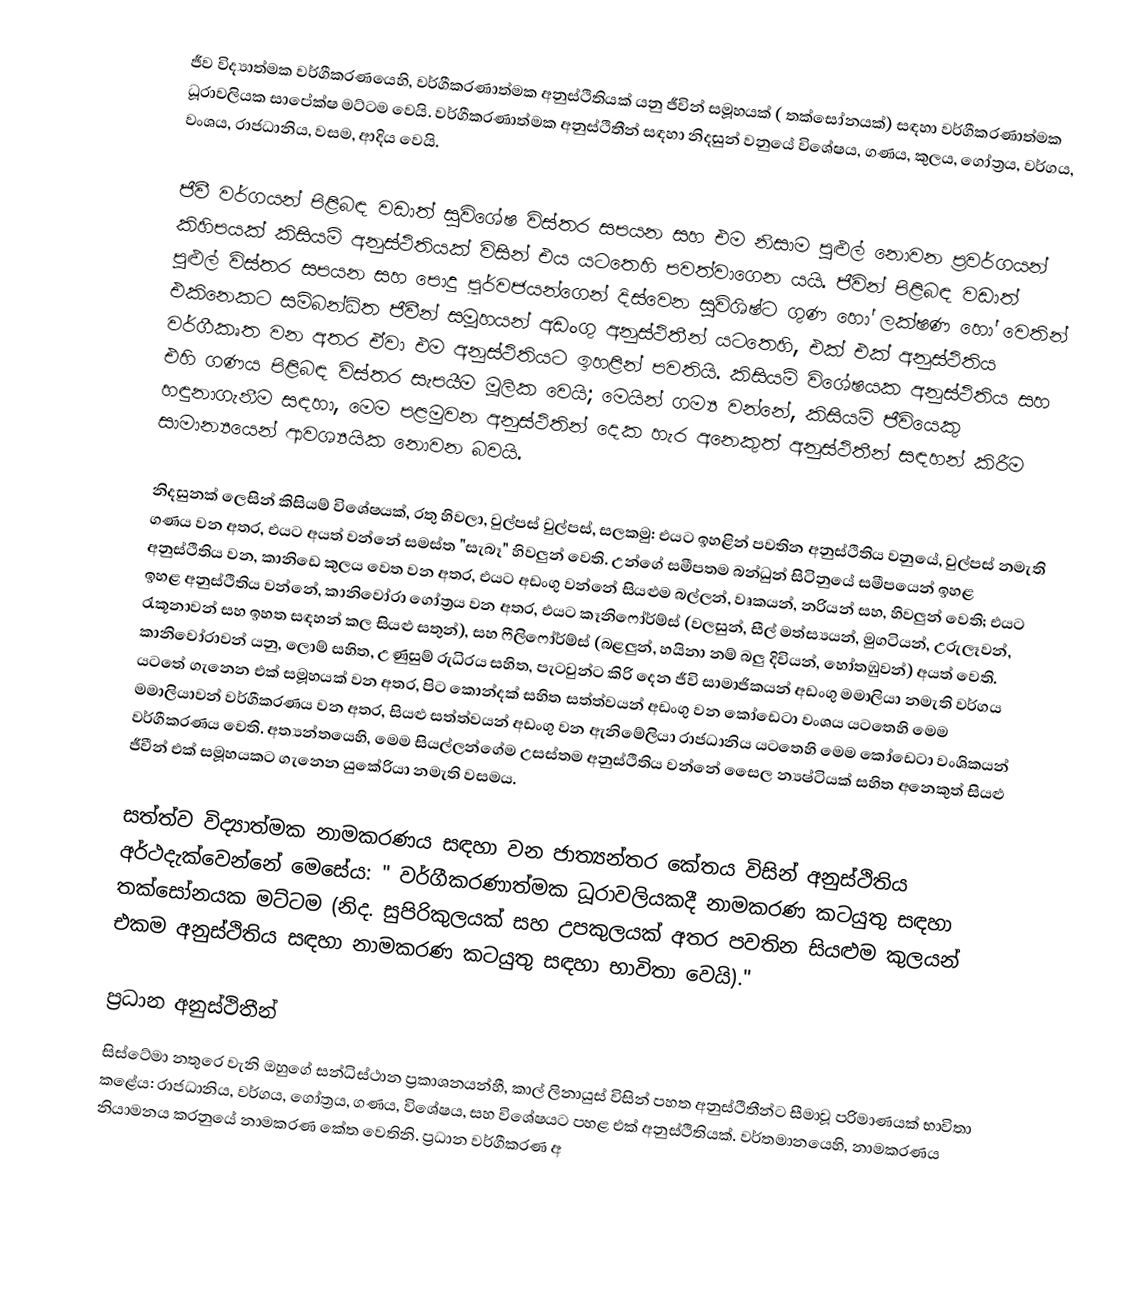
ජීව විද්‍යාත්මක වර්ගීකරණයෙහි, වර්ගීකරණාත්මක අනුස්ථිතියක් යනු ජීවින් සමූහයක් ( තක්සෝනයක්) සඳහා   වර්ගීකරණාත්මක ධූරාවලියක සාපේක්ෂ මට්ටම වෙයි. වර්ගීකරණාත්මක අනුස්ථිතීන් සඳහා නිදසුන් වනුයේ විශේෂය, ගණය, කුලය, ගෝත්‍රය, වර්ගය, වංශය, රාජධානිය, වසම, ආදිය වෙයි.

ජීවී වර්ගයන් පිළිබඳ වඩාත් සුවිශේෂ විස්තර සපයන සහ එම නිසාම  පුළුල් නොවන ප්‍රවර්ගයන් කිහිපයක් කිසියම් අනුස්ථිතියක් විසින් එය යටතෙහි පවත්වාගෙන යයි. ජීවින් පිළිබඳ වඩාත් පුළුල් විස්තර සපයන සහ පොදු පූර්වජයන්ගෙන් දිස්වෙන සුවිශිෂ්ට ගුණ හෝ ලක්ෂණ හෝ වෙතින් එකිනෙකට සම්බන්ධිත ජීවීන් සමූහයන් අඩංගු අනුස්ථිතීන් යටතෙහි, එක් එක් අනුස්ථිතිය වර්ගීකෘත වන අතර ඒවා එම අනුස්ථිතියට ඉහළින් පවතියි. කිසියම් විශේෂයක අනුස්ථිතිය සහ එහි  ගණය පිළිබඳ විස්තර සැපයීම මූලික වෙයි; මෙයින් ගම්‍ය වන්නේ, කිසියම් ජීවියෙකු හඳුනාගැනීම සඳහා, මෙම පළමුවන අනුස්ථිතින් දෙක හැර අනෙකුත් අනුස්ථිතීන් සඳහන් කිරීම සාමාන්‍යයෙන් ආවශ්‍යයික නොවන බවයි.

නිදසුනක් ලෙසින් කිසියම් විශේෂයක්, රතු හිවලා, වුල්පස් වුල්පස්, සලකමු: එයට ඉහළින් පවතින අනුස්ථිතිය වනුයේ, වුල්පස් නමැති ගණය වන අතර, එයට අයත් වන්නේ සමස්ත  "සැබෑ" හිවලුන් වෙති. උන්ගේ සමීපතම බන්ධුන් සිටිනුයේ සමීපයෙන් ඉහළ අනුස්ථිතිය වන, කානිඩෙ කුලය වෙත වන අතර, එයට අඩංගු වන්නේ සියළුම බල්ලන්, වෘකයන්, නරියන් සහ, හිවලුන් වෙති; එයට ඉහළ අනුස්ථිතිය වන්නේ, කානිවෝරා ගෝත්‍රය වන අතර, එයට කෑනිෆෝර්ම්ස් (වලසුන්, සීල් මත්ස්‍යයන්, මුගටියන්, උරුලෑවන්, රැකූනාවන් සහ ඉහත සඳහන් කල සියළු සතුන්), සහ ෆීලිෆෝර්ම්ස් (බළලුන්, හයිනා නම් බලු දිවියන්, හෝතඹුවන්) අයත් වෙති.  කානිවෝරාවන් යනු, ලොම් සහිත, උණුසුම් රුධිරය සහිත, පැටවුන්ට කිරි දෙන ජීවි සාමාජිකයන් අඩංගු   මමාලියා නමැති වර්ගය යටතේ ගැනෙන එක් සමූහයක් වන අතර, පිට කොන්දක් සහිත සත්ත්වයන් අඩංගු වන කෝඩෙටා වංශය යටතෙහි මෙම මමාලියාවන් වර්ගීකරණය වන අතර, සියළු සත්ත්වයන් අඩංගු වන ඇනිමේලියා රාජධානිය යටතෙහි මෙම කෝඩෙටා වංශිකයන් වර්ගීකරණය වෙති. අත්‍යන්තයෙහි, මෙම සියල්ලන්ගේම උසස්තම අනුස්ථිතිය වන්නේ සෛල න්‍යෂ්ටියක් සහිත අනෙකුත් සියළු ජීවීන් එක් සමූහයකට ගැනෙන යුකේරියා නමැති වසමය.

සත්ත්ව විද්‍යාත්මක නාමකරණය සඳහා වන ජාත්‍යන්තර කේතය විසින් අනුස්ථිතිය අර්ථදැක්වෙන්නේ මෙසේය: " වර්ගීකරණාත්මක ධූරාවලියකදී  නාමකරණ කටයුතු සඳහා තක්සෝනයක මට්ටම (නිද. සුපිරිකුලයක් සහ උපකුලයක් අතර පවතින සියළුම කුලයන් එකම අනුස්ථිතිය සඳහා නාමකරණ කටයුතු සඳහා භාවිතා වෙයි)."

ප්‍රධාන අනුස්ථිතීන්
සිස්ටේමා නතුරෙ වැනි ඔහුගේ සන්ධිස්ථාන ප්‍රකාශනයන්හී, කාල් ලිනායුස් විසින් පහත අනුස්ථිතීන්ට සීමාවූ පරිමාණයක් භාවිතා කළේය: රාජධානිය, වර්ගය, ගෝත්‍රය, ගණය, විශේෂය, සහ විශේෂයට පහළ එක් අනුස්ථිතියක්. වර්තමානයෙහි, නාමකරණය නියාමනය කරනුයේ නාමකරණ කේත වෙතිනි.  ප්‍රධාන වර්ගීකරණ අ